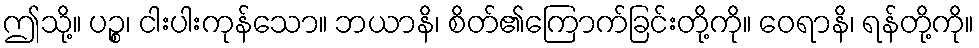
ဤသို့။ ပဉ္စ၊ ငါးပါးကုန်သော။ ဘယာနိ၊ စိတ်၏ကြောက်ခြင်းတို့ကို။ ဝေရာနိ၊ ရန်တို့ကို။